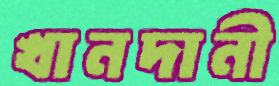
খানদানী